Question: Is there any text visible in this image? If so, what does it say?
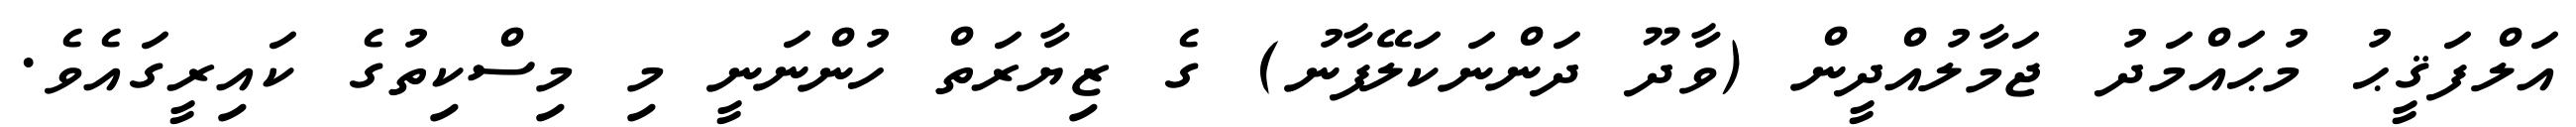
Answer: އަލްފަޤީޙު މުޙައްމަދު ޖަމާލުއްދީން (ވާދޫ ދަންނަކަލޭފާނު) ގެ ޒިޔާރަތް ހުންނަނީ މި މިސްކިތުގެ ކައިރީގައެވެ.